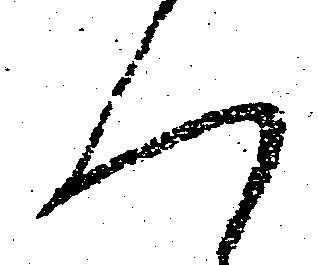
く